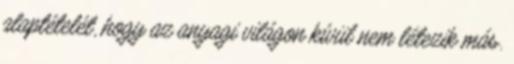
alaptételét, hogy az anyagi világon kívül nem létezik más.